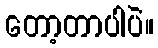
တော့တာပါပဲ။